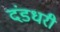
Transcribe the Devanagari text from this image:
दंडधरी